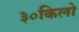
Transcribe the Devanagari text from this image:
३०किलो